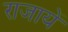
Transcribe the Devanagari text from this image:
राजायें